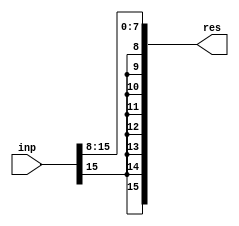
module shift_op (inp, res);
    parameter signed [31:0] inp_width = 16;
    parameter signed [31:0] result_width = 16;
    parameter signed [31:0] shift_value = 8;
    parameter signed [31:0] shift_dir = 0;
    parameter signed [31:0] vec_MSB = inp_width - 1;
    parameter signed [31:0] result_MSB = result_width - 1;
    parameter signed [31:0] result_LSB = vec_MSB - result_MSB;
    input [vec_MSB : 0] inp;
    output [result_MSB : 0] res;
    wire [vec_MSB:0] vec;
   genvar i;
   assign res = vec[vec_MSB:result_LSB];
   generate
      if (shift_dir == 1)
      begin:left_shift_loop
         for (i = vec_MSB; i>=0;  i = i-1) 
	 begin:u0
            if (i < shift_value)
            begin:u1	
               assign vec[i] = 1'b0;
            end 
	    else
            begin:u2
               assign vec[i] = inp[i-shift_value];
	     end
         end
      end
      else
      begin:right_shift_loop
         for (i = 0; i <= vec_MSB; i = i+1)
         begin:u3
            if (i > vec_MSB - shift_value)
            begin:u4
               assign vec[i] = inp[vec_MSB];
            end
            else
            begin:u5
               assign vec[i] = inp[i+shift_value];
            end
         end
      end
   endgenerate
endmodule